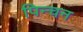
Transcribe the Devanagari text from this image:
पिन्चन